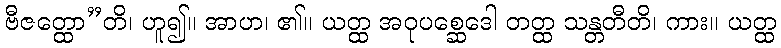
ဗီဇတ္ထော”တိ၊ ဟူ၍။ အာဟ၊ ၏။ ယတ္ထ အဝုပစ္ဆေဒေါ တတ္ထ သန္တတီတိ၊ ကား။ ယတ္ထ